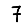
Digit: 7